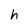
Character: h